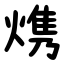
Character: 㷪